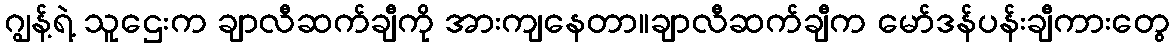
ဂျွန့်ရဲ့ သူဌေးက ချာလီဆက်ချီကို အားကျနေတာ။ချာလီဆက်ချီက မော်ဒန်ပန်းချီကားတွေ